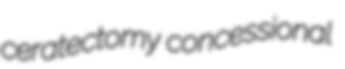
ceratectomy concessional